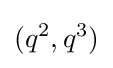
(q^{2},q^{3})